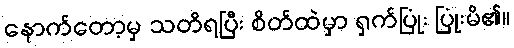
နောက်တော့မှ သတိရပြီး စိတ်ထဲမှာ ရှက်ပြုံး ပြုံးမိ၏။